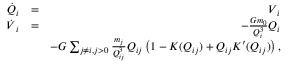
\begin{array} { r l r } { \boldsymbol { \dot { Q } } _ { i } } & { = } & { \v V _ { i } } \\ { \boldsymbol { \dot { V } } _ { i } } & { = } & { - \frac { G m _ { 0 } } { Q _ { i } ^ { 3 } } \v Q _ { i } } \\ & { } & { - G \sum _ { j \neq i , j > 0 } \frac { m _ { j } } { Q _ { i j } ^ { 3 } } \v Q _ { i j } \left( 1 - K ( Q _ { i j } ) + Q _ { i j } K ^ { \prime } ( Q _ { i j } ) \right) , } \end{array}